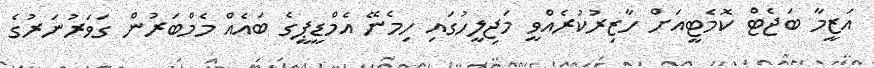
އަޒީމާ ބަޖެޓް ކޮމެޓީއަށް ހާޒިރުކުރެއްވީ މަޖިލީހުގައި ހިމެނޭ އެމްޑީޕީގެ ބައެއް މެމްބަރުން ގަވަރުނަރުގެ